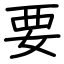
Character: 要